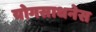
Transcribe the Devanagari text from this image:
योगसाधनेस